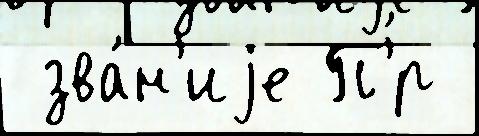
 зва́н'иjе П'́р